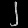
Digit: ၂